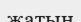
жатын